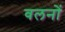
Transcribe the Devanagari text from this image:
वलनों